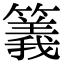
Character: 䉝